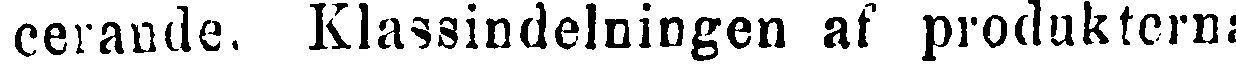
cerande. Klassindelningen af produkterna